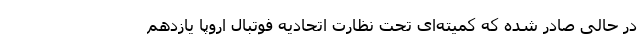
در حالی صادر شده که کمیته‌ای تحت نظارت اتحادیه فوتبال اروپا یازدهم